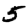
Digit: 5